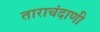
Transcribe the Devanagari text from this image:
ताराचंदाणी